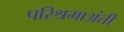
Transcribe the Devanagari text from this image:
परिश्रमाअंती